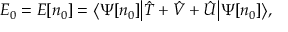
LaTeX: E _ { 0 } = E [ n _ { 0 } ] = { \big \langle } \Psi [ n _ { 0 } ] { \big | } { \hat { T } } + { \hat { V } } + { \hat { U } } { \big | } \Psi [ n _ { 0 } ] { \big \rangle } ,